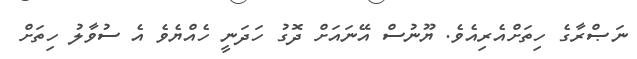
ނަޞްރާގެ ހިތަށްއެރިއެވެ. ޔޫނުސް އޭނައަށް ދޮގު ހަދަނީ ހެއްޔެވެ އެ ސުވާލު ހިތަށް